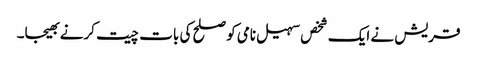
قریش نے ایک شخص سہیل نامی کو صلح کی بات چیت کرنے بھیجا۔